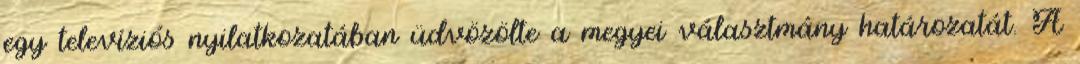
egy televíziós nyilatkozatában üdvözölte a megyei választmány határozatát. A